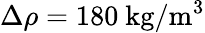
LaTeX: \Delta\rho=180~\mathrm{kg/m^{3}}